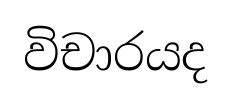
විචාරයද